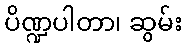
ပိဏ္ဍပါတာ၊ ဆွမ်း